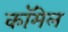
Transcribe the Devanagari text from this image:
कॉमेल